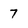
Character: 7